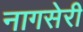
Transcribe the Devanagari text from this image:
नागसेरी